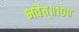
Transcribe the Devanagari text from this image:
भवेत्‌॥१०॥